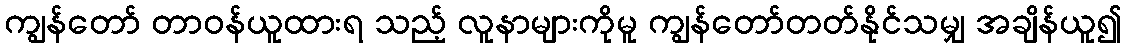
ကျွန်တော် တာဝန်ယူထားရ သည့် လူနာများကိုမူ ကျွန်တော်တတ်နိုင်သမျှ အချိန်ယူ၍